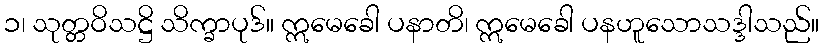
၁၊ သုတ္တဝိသဋ္ဌိ သိက္ခာပုဒ်။ ဣမေခေါ ပနာတိ၊ ဣမေခေါ ပနဟူသောသဒ္ဒါသည်။